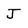
Character: J